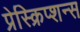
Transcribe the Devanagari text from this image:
प्रेस्क्रिप्शन्स